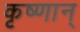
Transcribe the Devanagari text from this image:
कृष्णान्‌